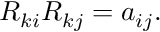
\begin{array} { r } { R _ { k i } R _ { k j } = a _ { i j } . } \end{array}